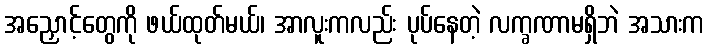
အညှောင့်တွေကို ဖယ်ထုတ်မယ်၊ အာလူးကလည်း ပုပ်နေတဲ့ လက္ခဏာမရှိဘဲ အသားက